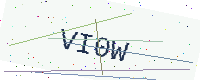
Text: VI0W